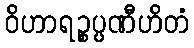
ဝိဟာရဉ္စပ္ပဏီဟိတံ